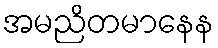
အမညိတမာနေန